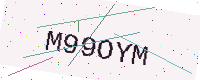
Text: M99OYM